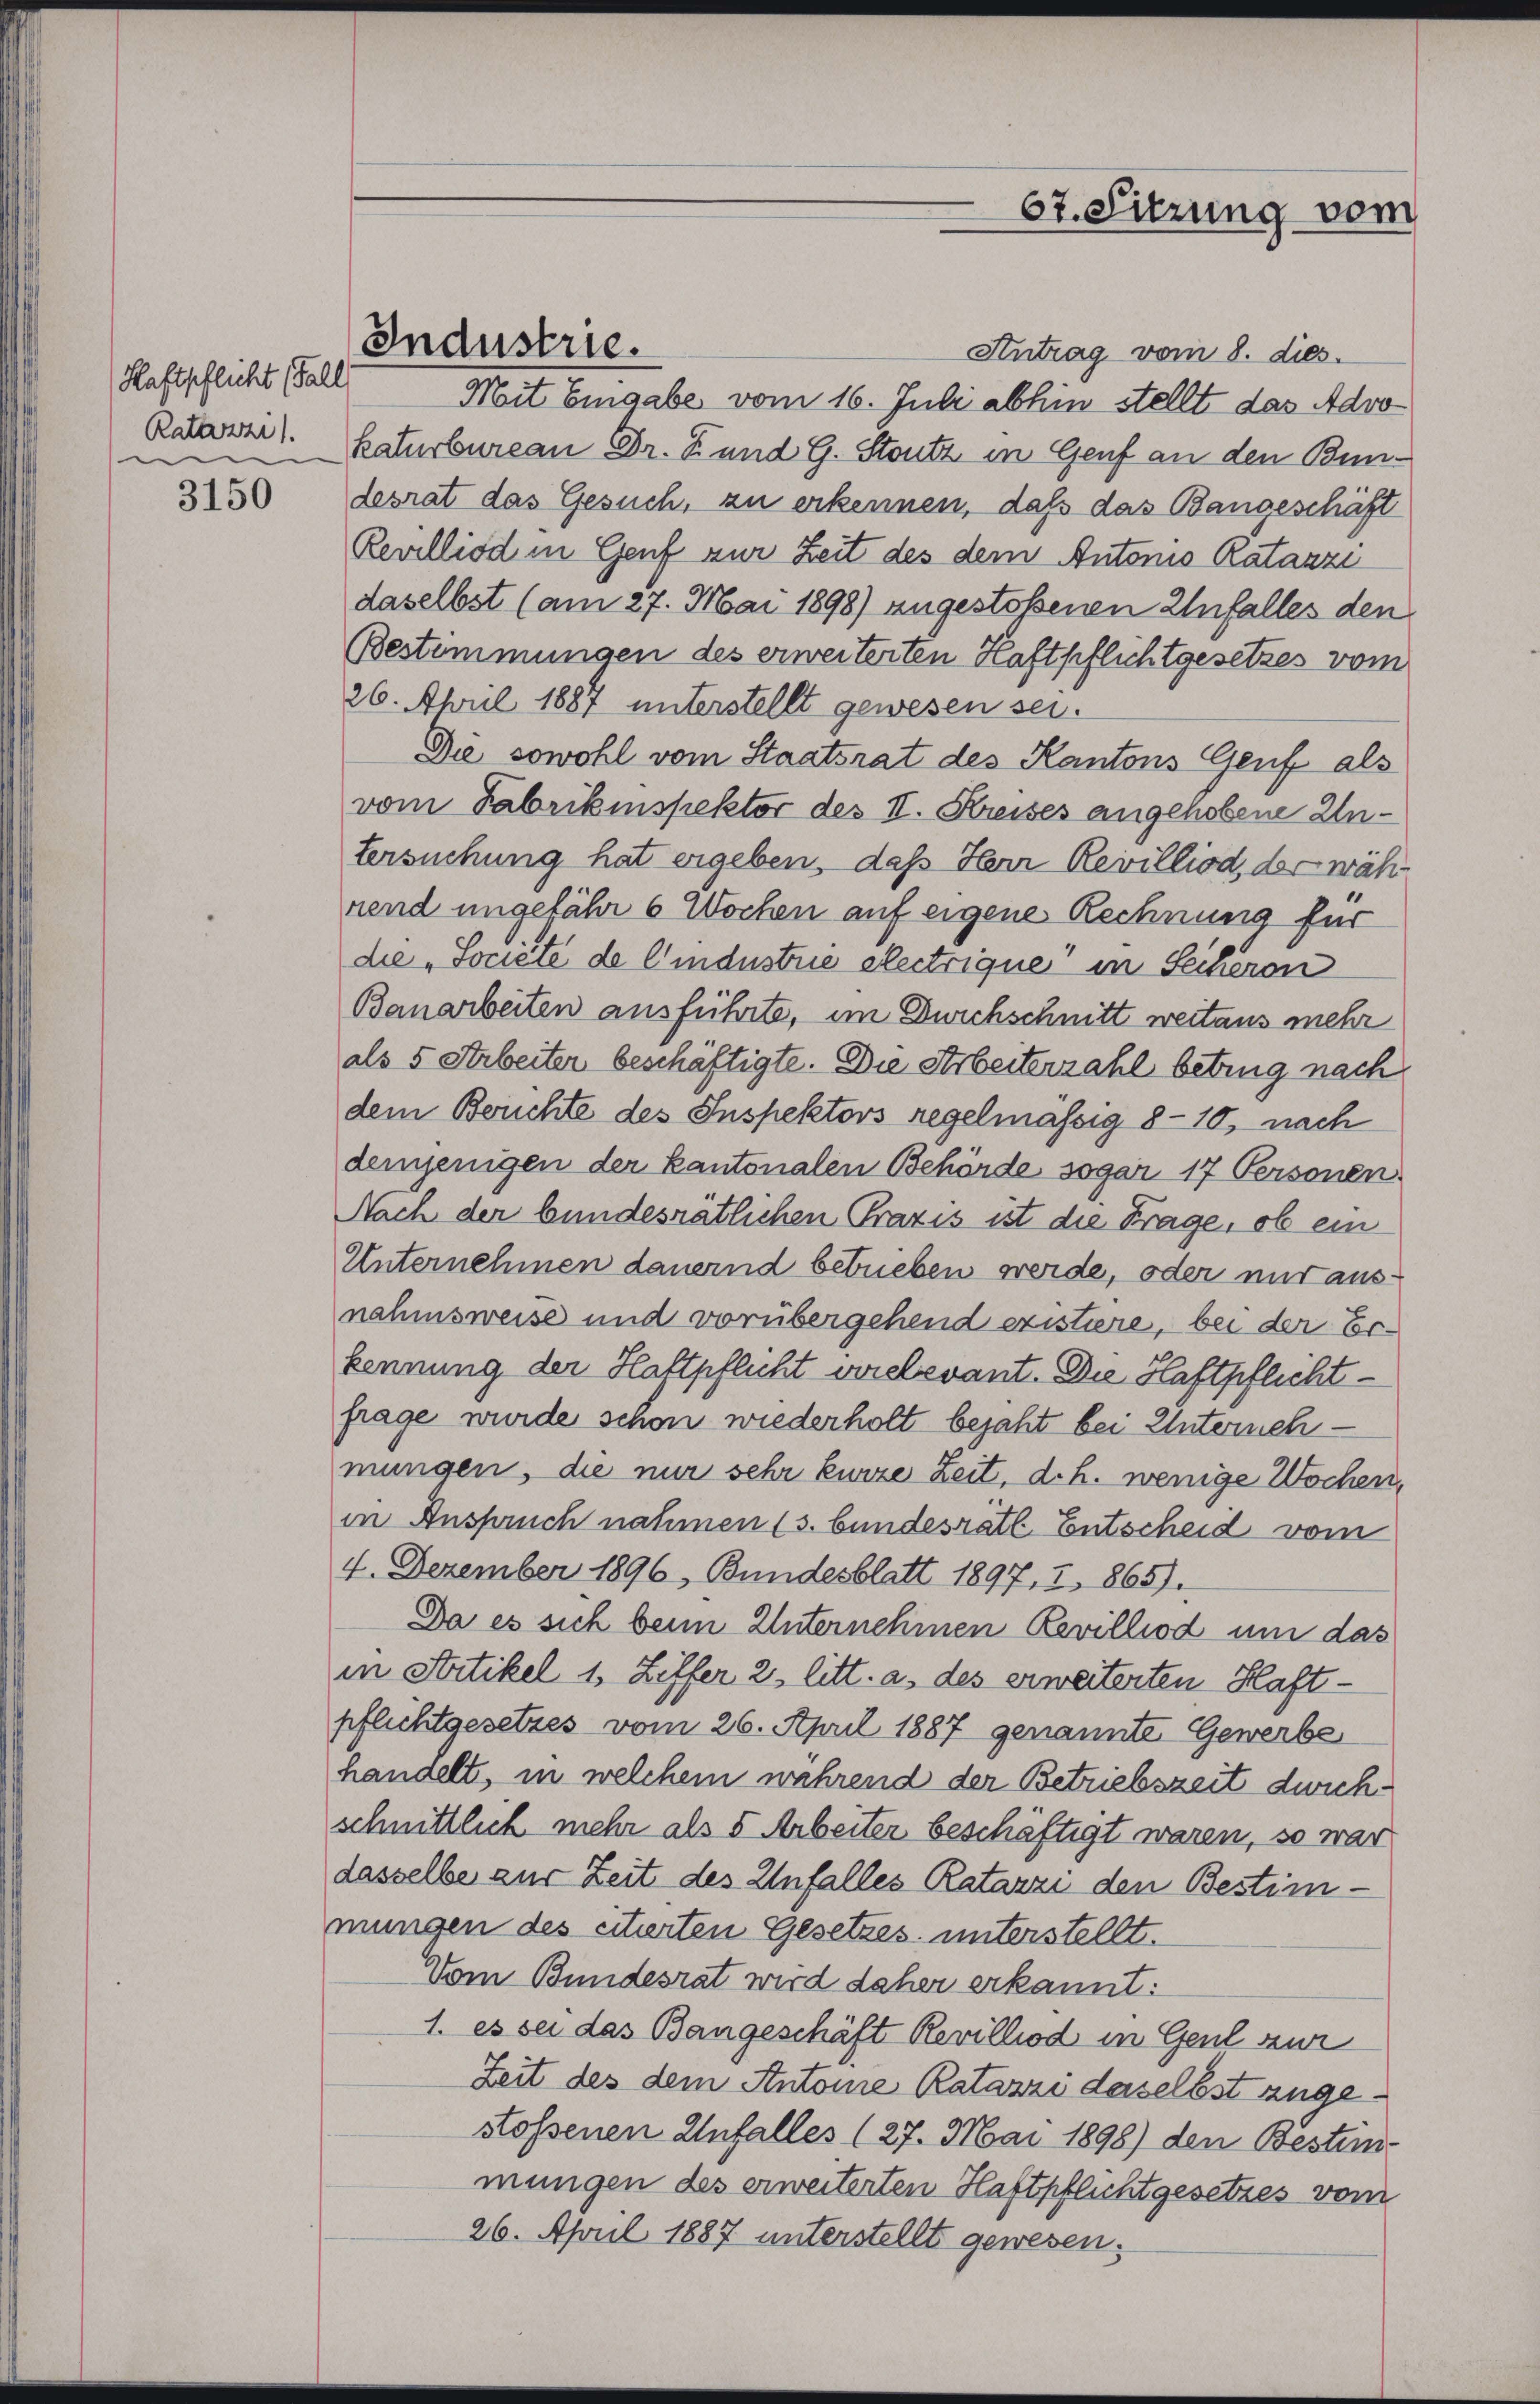
Haftpflicht (Fall

3150

Antrag vom 8. dies
Mit Eingabe vom 16. Juli abhin stellt das Advo¬
Ralasse. Katurbureau Dr. Z. und G. Stutz in Genf an den Bundesrat das Gesuch, zu erkennen, daß das Bangeschäft
Revilliod in Genf zur Zeit des dem Antonio Ratazzi
daselbst (am 27. Mai 1898) angestoßenen Unfalles den
Bestimmungen des erweiterten Haftpflichtgesetzes vom
26. April 1887 unterstellt gewesen sei.
Die sowohl vom Staatsrat des Kantons Genf als
vom Fabrikinspektor des II. Kreises angehobene Untersuchung hat ergeben, daß Herr Revilliod, der während ungefähr 6 Wochen auf eigene Rechnung für
die Société de lindustrie electrique“ in Secheron
Banarbeiten ausführte, im Durchschnitt weitaus mehr
als 5 Arbeiter beschäftigte. Die Arbeiterzahl betrug nach
dem Berichte des Inspektors regelmässig 8-10, nach
demjenigen der kantonalen Behörde sogar 17 Personen
Nach der bundesrätlichen Praxis ist die Frage, ob ein
Unternehmen dauernd betreben werde, oder mir ausnahmsweise und vorübergehend existiere, bei der Erkennung der Haftpflicht verelevant. Die Haftpflichtfrage wurde schon wiederholt bejaht bei Unternehmungen, die nur sehr kurze Zeit, d.h. wenige Wochen,
in Anspruch nahmen (s. bundesrath Entscheid vom
4. Dezember 1896, Bundesblatt 1897, 2, 865).
Da es sich beim Unternehmen Revilliod um das
in Strtikel 1, Ziffer 2 litt. a. des erweiterten Haftpflichtgesetzes vom 26. April 1887 genannte Gewerbe
handelt, in welchem während der Betriebszeit durchschnittlich mehr als 5 Arbeiter beschäftigt waren, so war
dasselbe zur Zeit des Unfalles Ratazzi den Bestimmungen des citierten Gesetzes unterstellt.
Vom Bundesrat wird daher erkannt:
1. es sei das Bangeschäft Revilliod in Gent sur
Zeit des dem Antone Ratazzi daselbst angestossenen Unfalles (27. Mai 1898) den Bestimmungen des erweiterten Haftpflichtgesetzes vom
26. April 1887 unterstellt gewesen.

Industrie.

67. Sitzung vom